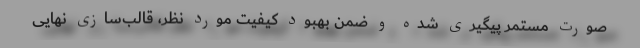
صورت مستمر پیگیری شده و ضمن بهبود کیفیت مورد نظر، قالب‌سازی نهایی